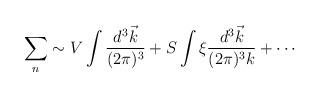
\begin{align*}\sum_n \sim V \int { d^3 \vec k\over (2\pi)^3} + S \int \xi { d^3 \vec k \over (2\pi)^3 k } + \cdots\end{align*}